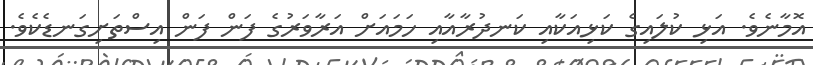
އޮމާނެވެ. އަޅި ކުލައިގެ ކަޅިއަކާއި ކަނދުރާއާއި ހަމައަށް އަރާވަރުގެ ފަން ފަން އިސްތަށިގަނޑެކެވެ.